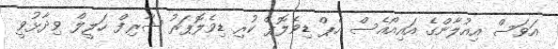
އަވަސް އިއުލާންގެ އައިއޯއެސް އެޕް ޑިވެލޮޕް ކުރި ޑިވެލޮޕަރު ޝާރިފް ހަލީލް ވިދާޅުވީ